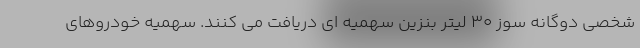
شخصی دوگانه سوز ۳۰ لیتر بنزین سهمیه ای دریافت می کنند. سهمیه خودروهای